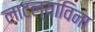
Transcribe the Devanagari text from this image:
लाटल्याविना